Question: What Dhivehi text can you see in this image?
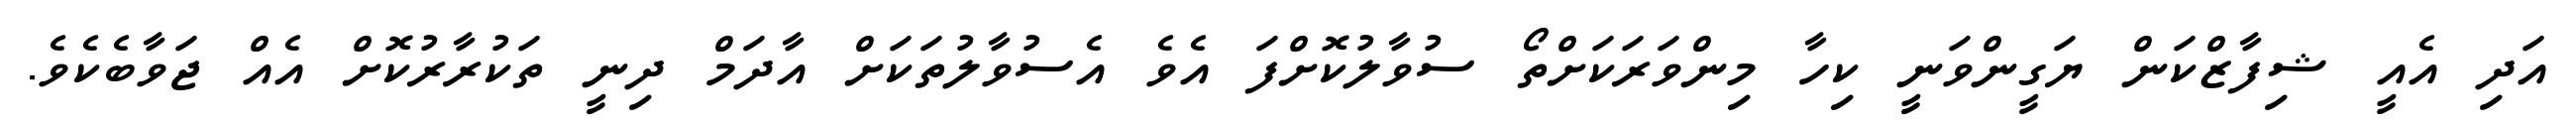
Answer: އަދި އެއީ ޝިފާޒްކަން ޔަގީންވަނީ ކިހާ މިންވަރަކަށްތޯ ސުވާލުކޮށްފަ އެވެ އެސުވާލުތަކަށް އާދަމް ދިނީ ތަކުރާރުކޮށް އެއް ޖަވާބެކެވެ.